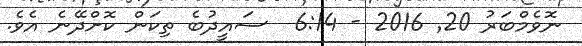
ނޮވެމްބަރު 20